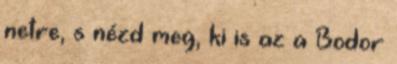
netre, s nézd meg, ki is az a Bodor